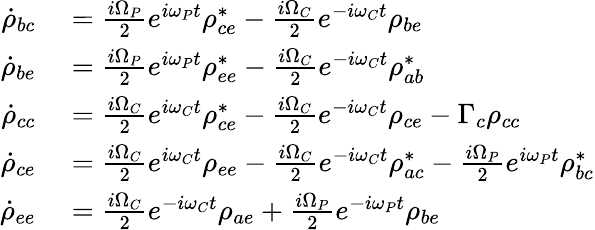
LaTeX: \begin{array}{rl}{\dot{\rho}_{bc}}&{{}=\frac{i\Omega_{P}}{2}e^{i\omega_{P}t}\rho_{ce}^{*}-\frac{i\Omega_{C}}{2}e^{-i\omega_{C}t}\rho_{be}}\\ {\dot{\rho}_{be}}&{{}=\frac{i\Omega_{P}}{2}e^{i\omega_{P}t}\rho_{ee}^{*}-\frac{i\Omega_{C}}{2}e^{-i\omega_{C}t}\rho_{ab}^{*}}\\ {\dot{\rho}_{cc}}&{{}=\frac{i\Omega_{C}}{2}e^{i\omega_{C}t}\rho_{ce}^{*}-\frac{i\Omega_{C}}{2}e^{-i\omega_{C}t}\rho_{ce}-\Gamma_{c}\rho_{cc}}\\ {\dot{\rho}_{ce}}&{{}=\frac{i\Omega_{C}}{2}e^{i\omega_{C}t}\rho_{ee}-\frac{i\Omega_{C}}{2}e^{-i\omega_{C}t}\rho_{ac}^{*}-\frac{i\Omega_{P}}{2}e^{i\omega_{P}t}\rho_{bc}^{*}}\\ {\dot{\rho}_{ee}}&{{}=\frac{i\Omega_{C}}{2}e^{-i\omega_{C}t}\rho_{ae}+\frac{i\Omega_{P}}{2}e^{-i\omega_{P}t}\rho_{be}}\end{array}